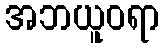
အဘယူဝရာ